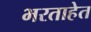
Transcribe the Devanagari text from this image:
भरताहेत